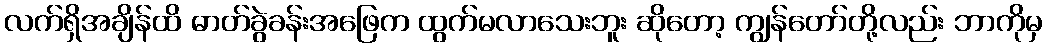
လက်ရှိအချိန်ထိ ဓာတ်ခွဲခန်းအဖြေက ထွက်မလာသေးဘူး ဆိုတော့ ကျွန်တော်တို့လည်း ဘာကိုမှ